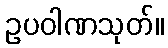
ဥပဝါဏသုတ်။